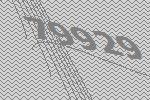
79929